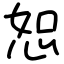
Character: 恕